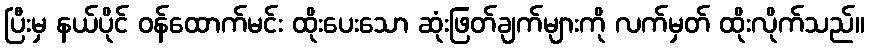
ပြီးမှ နယ်ပိုင် ဝန်ထောက်မင်း ထိုးပေးသော ဆုံးဖြတ်ချက်များကို လက်မှတ် ထိုးလိုက်သည်။